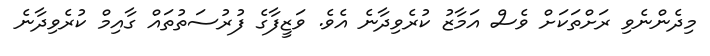
މިދެންނެވި ރަށްތަކަށް ވެސް އަމާޒު ކުރެވިދާނެ އެވެ. ވަޒީފާގެ ފުރުސަތުތައް ގާއިމް ކުުރެވިދާނެ